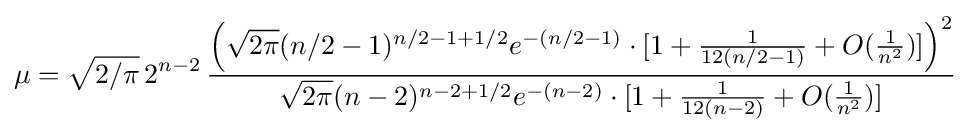
\mu ={\sqrt {2/\pi }}\,2^{n-2}\,{\frac {\left({\sqrt {2\pi }}(n/2-1)^{n/2-1+1/2}e^{-(n/2-1)}\cdot [1+{\frac {1}{12(n/2-1)}}+O({\frac {1}{n^{2}}})]\right)^{2}}{{\sqrt {2\pi }}(n-2)^{n-2+1/2}e^{-(n-2)}\cdot [1+{\frac {1}{12(n-2)}}+O({\frac {1}{n^{2}}})]}}